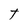
Character: t